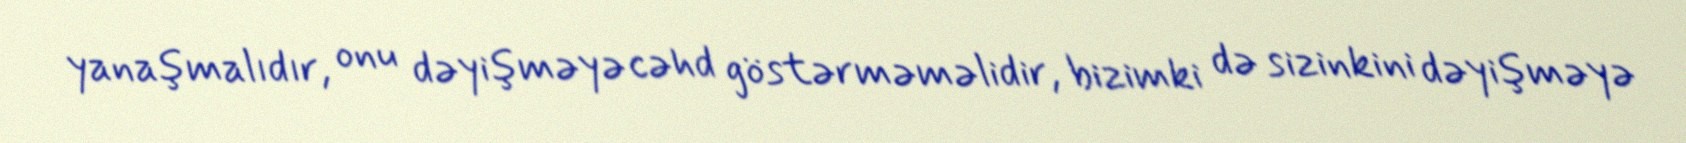
yanaşmalıdır, onu dəyişməyə cəhd göstərməməlidir, bizimki də sizinkini dəyişməyə